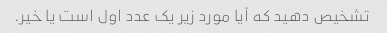
تشخیص دهید که آیا مورد زیر یک عدد اول است یا خیر.